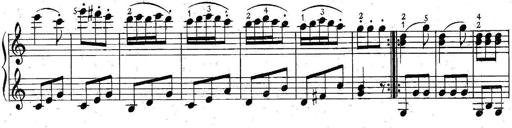
Title: 6 Easy Sonatinas
Composer: Carl Czerny